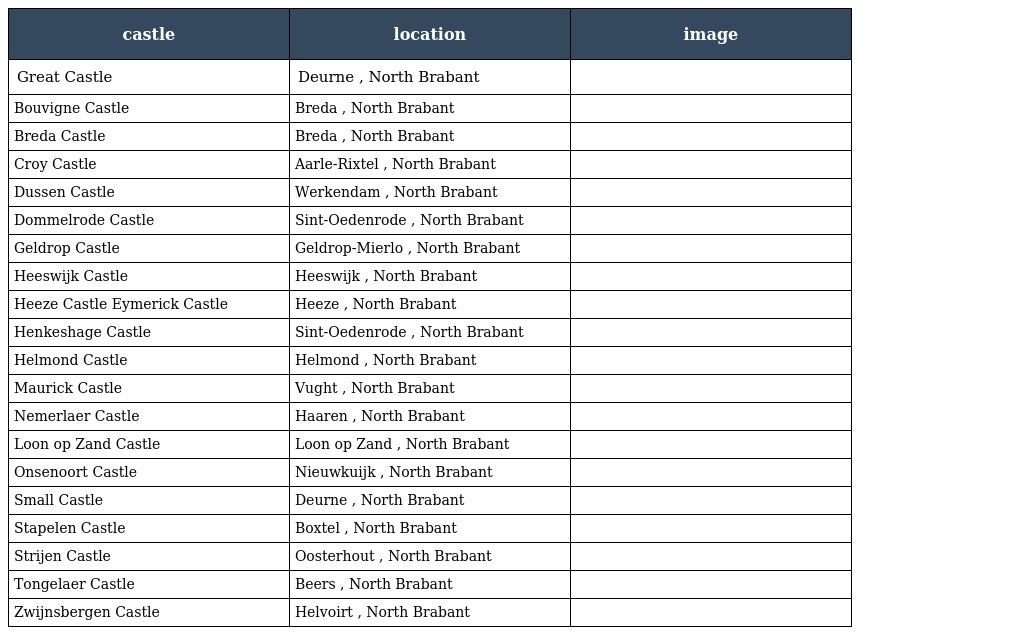
| castle | location | image |
 | --- | --- | --- |
 | Great Castle | Deurne , North Brabant |  |
 | Bouvigne Castle | Breda , North Brabant |  |
 | Breda Castle | Breda , North Brabant |  |
 | Croy Castle | Aarle-Rixtel , North Brabant |  |
 | Dussen Castle | Werkendam , North Brabant |  |
 | Dommelrode Castle | Sint-Oedenrode , North Brabant |  |
 | Geldrop Castle | Geldrop-Mierlo , North Brabant |  |
 | Heeswijk Castle | Heeswijk , North Brabant |  |
 | Heeze Castle Eymerick Castle | Heeze , North Brabant |  |
 | Henkeshage Castle | Sint-Oedenrode , North Brabant |  |
 | Helmond Castle | Helmond , North Brabant |  |
 | Maurick Castle | Vught , North Brabant |  |
 | Nemerlaer Castle | Haaren , North Brabant |  |
 | Loon op Zand Castle | Loon op Zand , North Brabant |  |
 | Onsenoort Castle | Nieuwkuijk , North Brabant |  |
 | Small Castle | Deurne , North Brabant |  |
 | Stapelen Castle | Boxtel , North Brabant |  |
 | Strijen Castle | Oosterhout , North Brabant |  |
 | Tongelaer Castle | Beers , North Brabant |  |
 | Zwijnsbergen Castle | Helvoirt , North Brabant |  |